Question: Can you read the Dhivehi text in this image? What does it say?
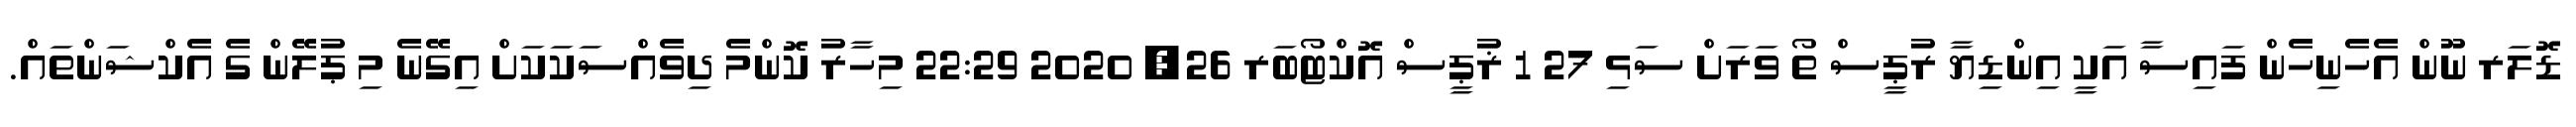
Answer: ޑޮލަރ ނޫން އެހެނިހެން ފައިސާ އަކީ އިންޑިޔާ ރުޕީސް ތޯ ވަރަށް ސަޅި 27 1 ޜުޕީސް އޮކްޓޯބަރ 26, 2020 22:29 މިހާރު ކޮންމެ ދިވެއްސަކަކަށް އިގޭނެ މި ޕުލޭން ގެ އެކްޝަންތައް.